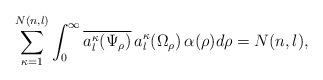
LaTeX: \begin{align*}\sum_{\kappa=1}^{N(n,l)}\int_0^\infty\overline{a_l^\kappa(\Psi_\rho)}\,a_l^\kappa(\Omega_\rho)\,\alpha(\rho)d\rho=N(n,l),\end{align*}